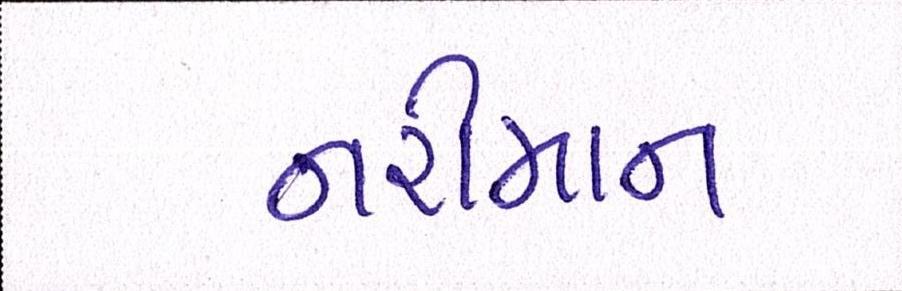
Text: નરીમાન